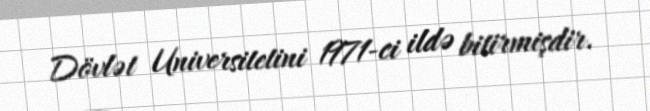
Dövlət Universitetini 1971-ci ildə bitirmişdir.